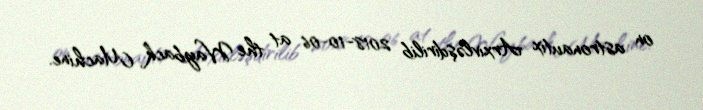
on astronautix Arxivləşdirilib 2018-10-06 at the Wayback Machine.